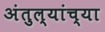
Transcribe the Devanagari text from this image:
अंतुल्यांच्या